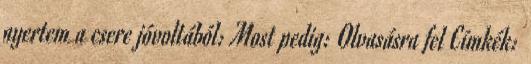
nyertem a csere jóvoltából: Most pedig: Olvasásra fel Címkék: